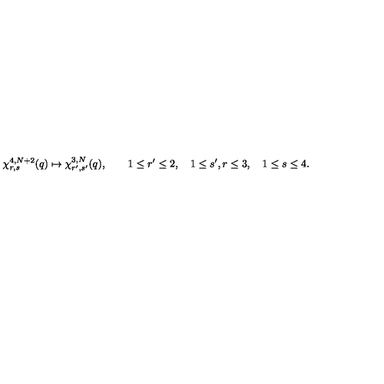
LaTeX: \chi _ { r , s } ^ { 4 , N + 2 } ( q ) \mapsto \chi _ { r ^ { \prime } , s ^ { \prime } } ^ { 3 , N } ( q ) , \qquad 1 \le r ^ { \prime } \le 2 , \quad 1 \le s ^ { \prime } , r \le 3 , \quad 1 \le s \le 4 .